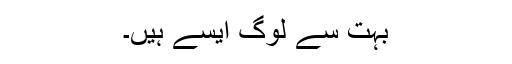
بہت سے لوگ ایسے ہیں۔